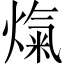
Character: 熂